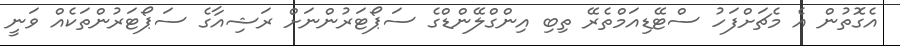
އެގޮތުން އެ މެޗަށްފަހު ސްޓޭޑިއަމްތެރޭ ތިބި އިންގްލޭންޑްގެ ސަޕޯޓަރުންނަށް ރަޝިއާގެ ސަޕޯޓަރުންތަކެއް ވަނީ